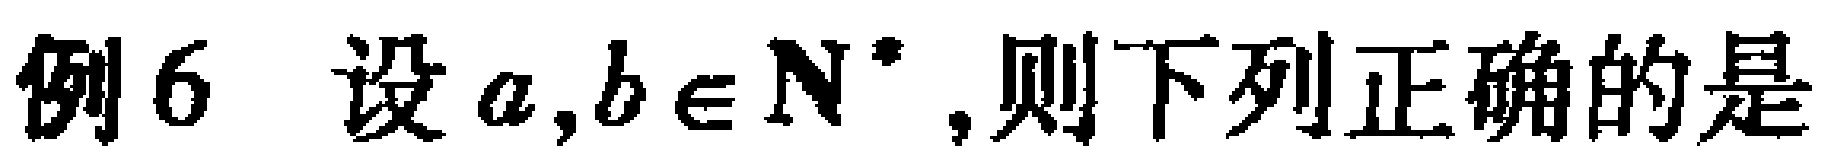
例6 设 \(a,b\in \mathbb{N}^{*}\),则下列正确的是